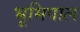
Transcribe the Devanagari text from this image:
भूमिपाल